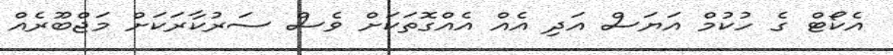
އެކޯޓް ގެ ހުކުމް އަޔަސް އަދި އެއް އެއްގޮތަކަށް ވެސް ސަރުކާރަކަށް މަޖްބޫރެއް